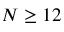
N \ge 1 2